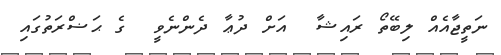
ނަތީޖާއެއް ލިބޭތޯ ރައިޝާ  އަށް ދުޢާ ދެންނެވީ  ގެ ޙަޟްރަތުގައި